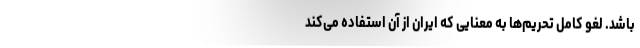
باشد. لغوِ کاملِ تحریم‌ها به معنایی که ایران از آن استفاده می‌کند